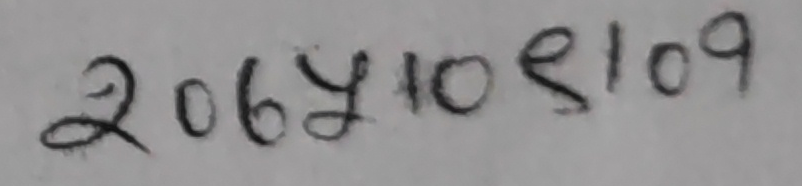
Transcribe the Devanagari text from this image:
२०६५१०९१०९